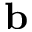
\textbf { b }